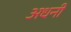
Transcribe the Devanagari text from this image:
अधनी